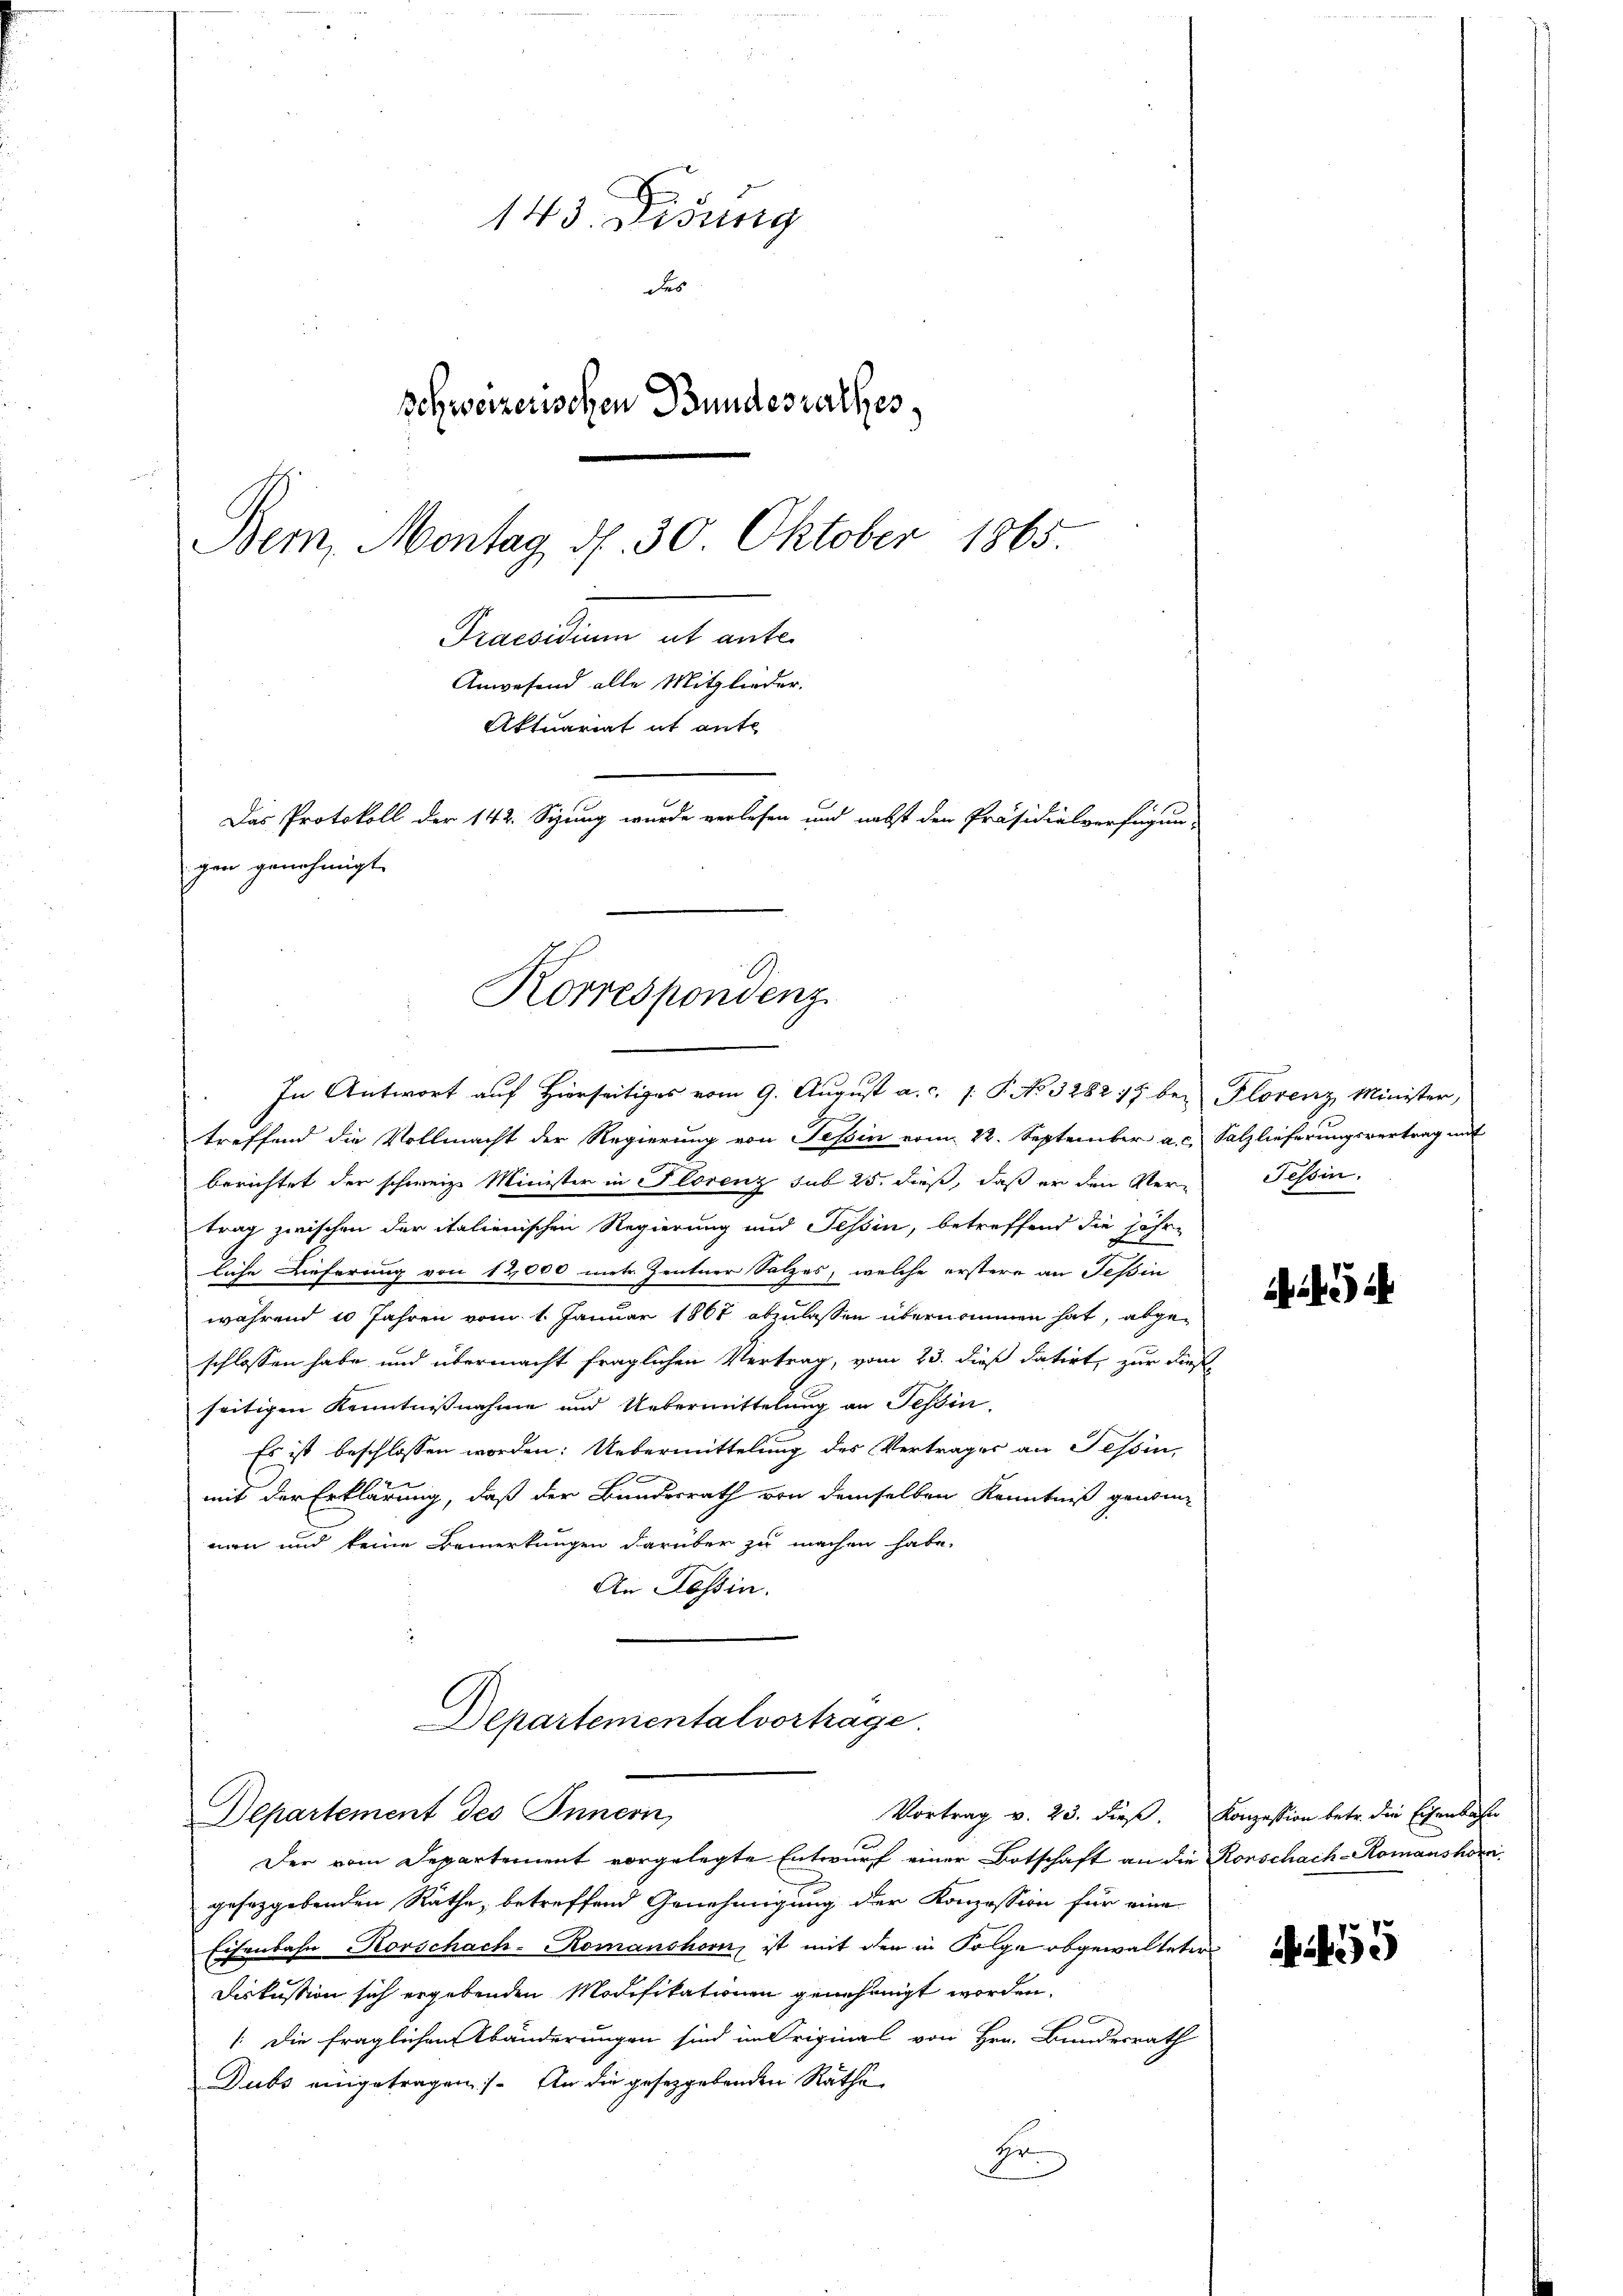
143. Disung
des
schweizerischen Bundesrathes
Bem, Montag d. 30. Oktober 1865.
Gracadium et ante
Anwesend alle Mitglieder.
Aktuariat it ante
Das Protokoll der 142. Sizung wurde verlesen und nebst den Präsidialverfügun
gen genehmigt.

Korrespondenz.
In Antwort auf Hierseitiges vom 9. August a. c. /: P. No 3282 17 bei Florenz Minister,

treffend die Vollmacht der Regierung von Tessin vom 22. September a. c. Salzlieferungsvertrag mit
berichtet der schweiz. Minister in Florenz sub 25. dieß, daß er den Vertrag zwischen der italienischen Regierung und Tessin, betreffend die Jahrliche Lieferung von 12,000 metr. Zentner Salzes, welche erstere an Teßin
während 10 Jahren vom 1. Januar 1867 abzulassen übernommen hat, abgeschlossen habe und übermacht fraglichen Vertrag, vom 23. dieß datirt, zur dieß-
seitigen Kenntnisnahme und Uebermittelung an Tessin,
Es ist beschlossen worden: Uebermittelung des Vertrages an Tessin,

mit der Erklärung, daß der Bundesrath von demselben Kenntniß genomman und keine Bemerkungen darüber zu machen habe.
An Lossin.

Departementalvortrage
Departement des Innern,

Der vom Departement vorgelegte Entwurf einer Botschaft an die Rorschach-Komanshorn
gesorgebenden Räthe, betreffend Genehmigung der Konzession für eine
Eisenbahn Korschach-Komanshorn, ist mit den in Folge obgewalteter
.
Diskussion sich ergebenden Modifikationen genehmigt worden.
: Die fraglichen Abänderungen sind im Original von Hrn. Bundesrath
Dubs eingetragen). An die gesetzgebenden Rathe
Hr.

Tessin.

AG

Vortrag v. 23. dieß. Konzession betr. die Eisenbahn

5